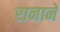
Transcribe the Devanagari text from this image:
रानाने